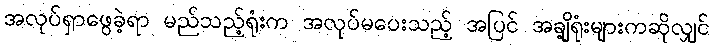
အလုပ်ရှာဖွေခဲ့ရာ မည်သည့်ရုံးက အလုပ်မပေးသည့် အပြင် အချို့ရုံးများကဆိုလျှင်